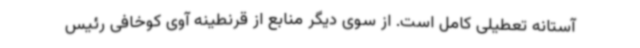
آستانه تعطیلی کامل است. از سوی دیگر منابع از قرنطینه آوی کوخافی رئیس